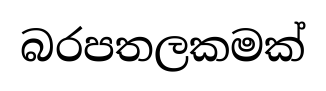
බරපතලකමක්